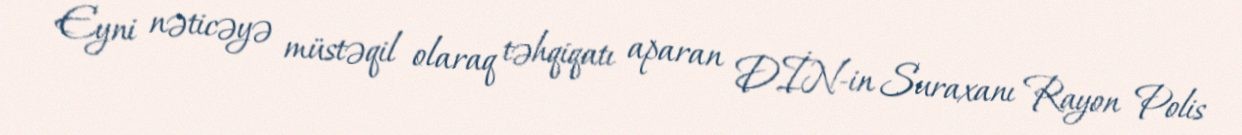
Eyni nəticəyə müstəqil olaraq təhqiqatı aparan DİN-in Suraxanı Rayon Polis